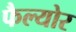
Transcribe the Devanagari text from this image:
फैल्योर